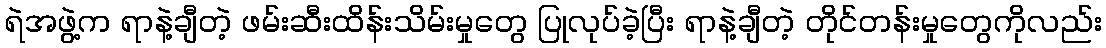
ရဲအဖွဲ့က ရာနဲ့ချီတဲ့ ဖမ်းဆီးထိန်းသိမ်းမှုတွေ ပြုလုပ်ခဲ့ပြီး ရာနဲ့ချီတဲ့ တိုင်တန်းမှုတွေကိုလည်း